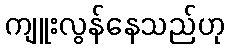
ကျူးလွန်နေသည်ဟု